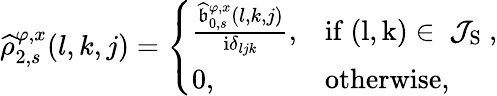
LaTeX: \begin{array}{r}{\widehat{\rho}_{2,s}^{\varphi,x}(l,k,j)=\left\{ \begin{array}{ll}{\frac{\widehat{\mathfrak{b}}_{0,s}^{\varphi,x}(l,k,j)}{\mathrm{i}\delta_{ljk}},}&{\mathrm{if~(l,k)\in~\mathcal{J}_{S}~},}\\ {0,}&{\mathrm{otherwise,}}\end{array}\right.}\end{array}